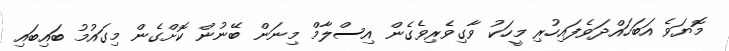
މޮޔަވެ އަބަހައްދަވެފައިހުރި މީހަކު ވާގިވެރިވެގެން އިސްލާމް މިނަން ބޭނުން ކޮށްގެން މިގައުމު ބައިބައި